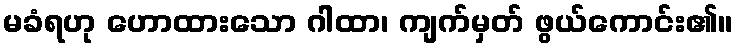
မခံရဟု ဟောထားသော ဂါထာ၊ ကျက်မှတ် ဖွယ်ကောင်း၏။